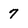
Character: 7